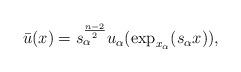
LaTeX: \begin{align*}\bar{u}(x)=s_\alpha^{\frac{n-2}{2}}u_\alpha(\exp_{x_\alpha}(s_\alpha x)),\end{align*}